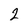
Character: 2